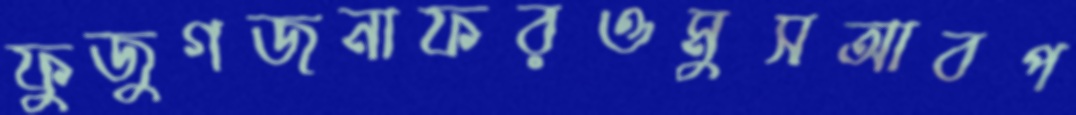
ফুজুগজনাফরওমুসআবপ